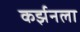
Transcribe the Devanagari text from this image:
कर्झनला